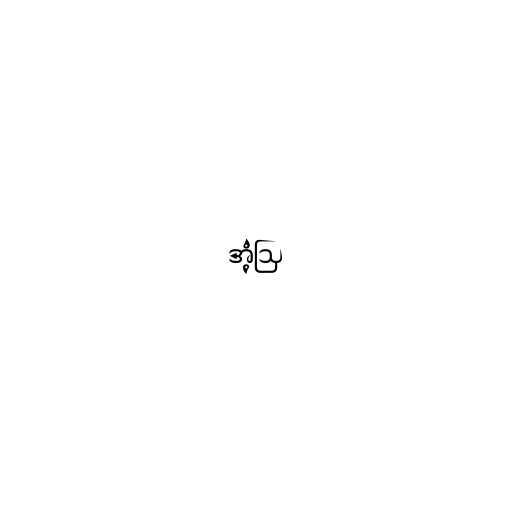
အံ့ဩ